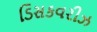
ડિસકવરીઝ